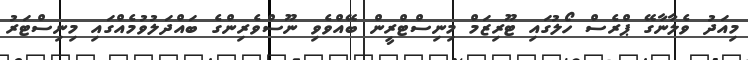
މިއަދު ވެލާނާގޭ ޕްރެސް ހޯލުގައި ޓޫރިޒަމް މިނިސްޓްރީން ބޭއްވެވި ނޫސްވެރިންގެ ބައްދަލުވުމެއްގައި މިނިސްޓަރު